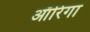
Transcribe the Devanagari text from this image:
ऑरिगा